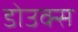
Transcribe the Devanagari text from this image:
डोउक्स